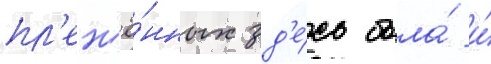
пл'ен'ё́нных зд'е́сь была́ и́